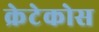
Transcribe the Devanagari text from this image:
क्रेटेकोस